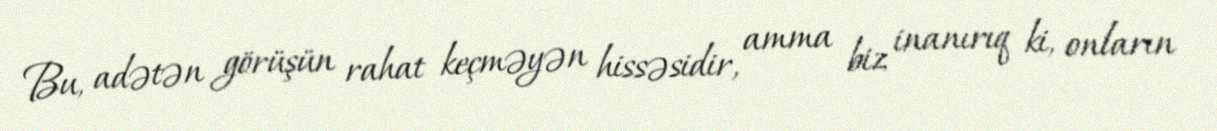
Bu, adətən görüşün rahat keçməyən hissəsidir, amma biz inanırıq ki, onların